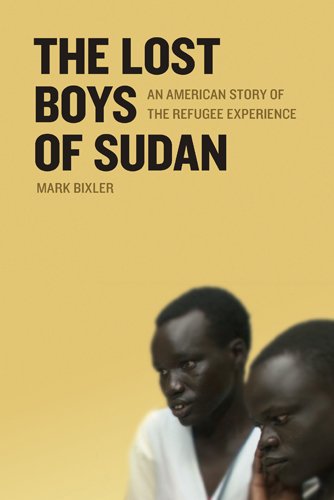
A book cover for The Lost Boys of Sudan: An American Story of the Refugee Experience; Mark Bixler; Biographies & Memoirs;